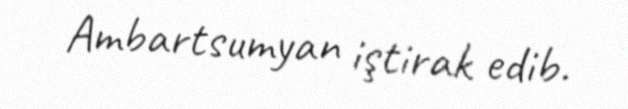
Ambartsumyan iştirak edib.